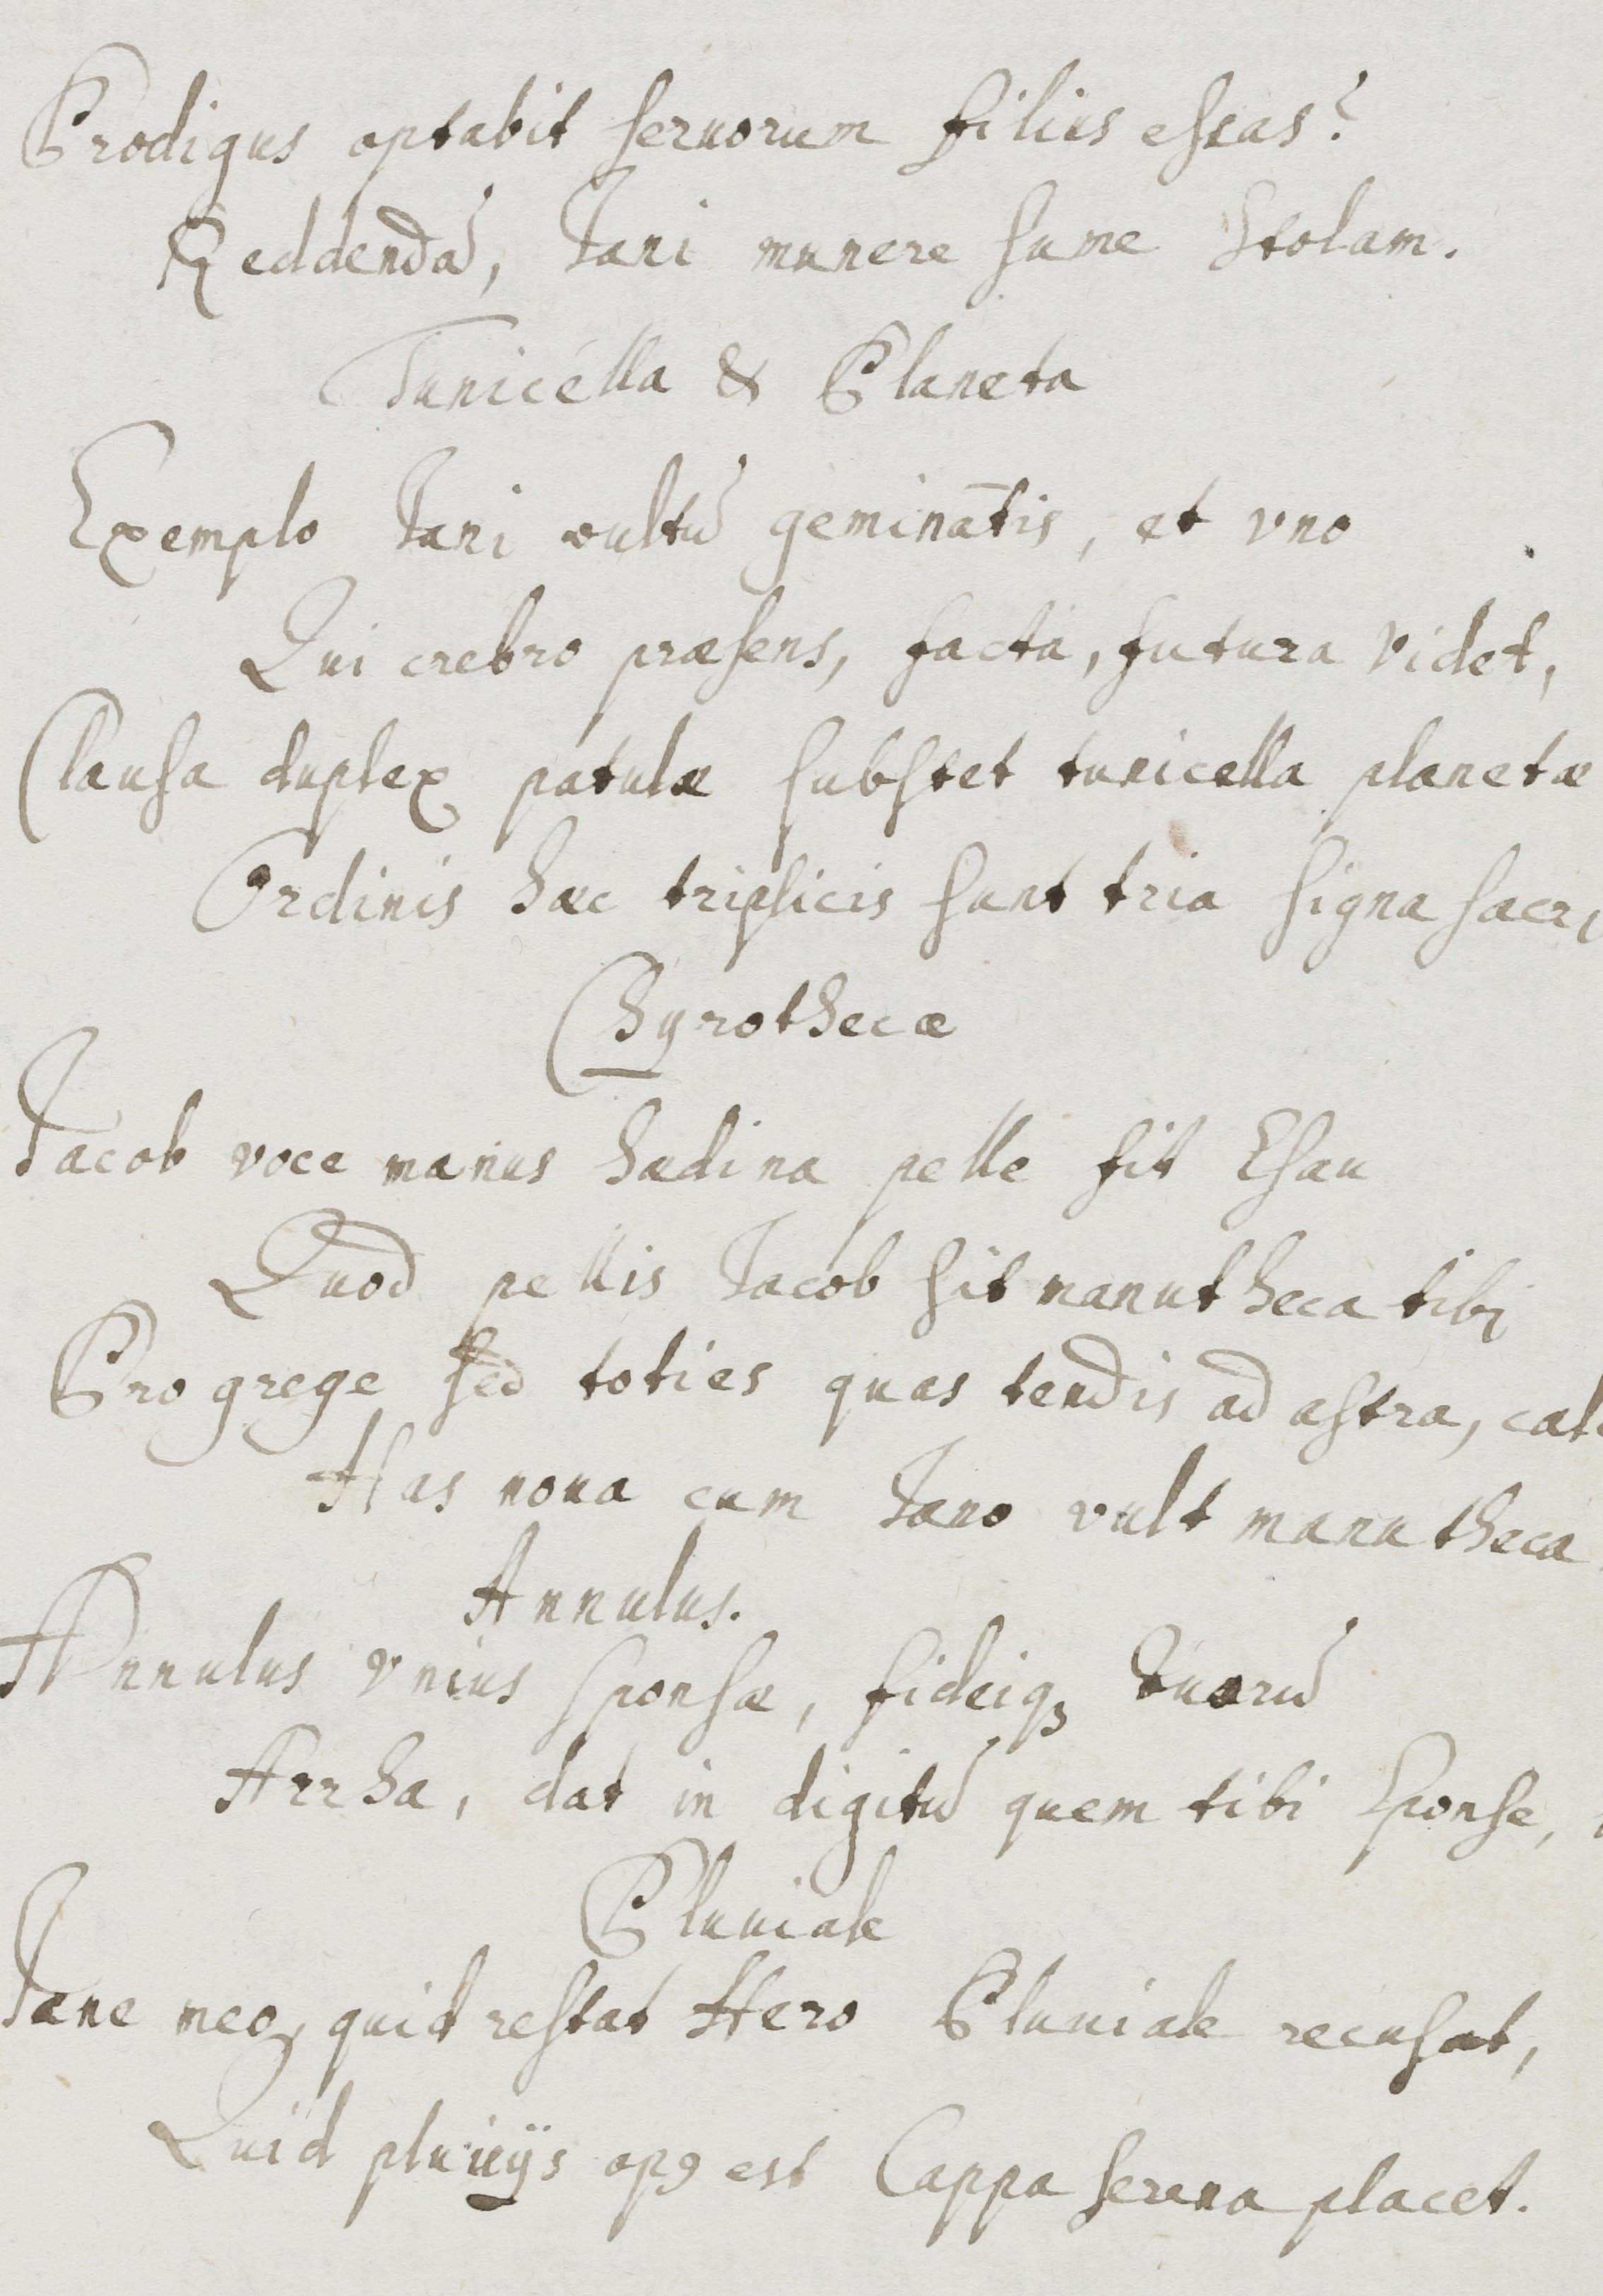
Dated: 1637–1673